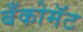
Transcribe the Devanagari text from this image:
बँकोमॅट